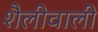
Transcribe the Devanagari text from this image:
शैलीवाली